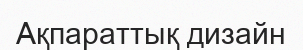
Ақпараттық дизайн